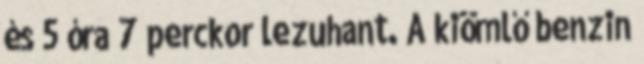
és 5 óra 7 perckor lezuhant. A kiömlő benzin